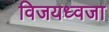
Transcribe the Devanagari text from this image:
विजयध्वजा